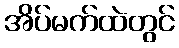
အိပ်မက်ထဲတွင်